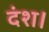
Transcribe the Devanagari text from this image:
दंश।